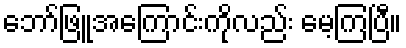
ဘော်ဖြူအကြောင်းကိုလည်း မေ့ကြပြီ။